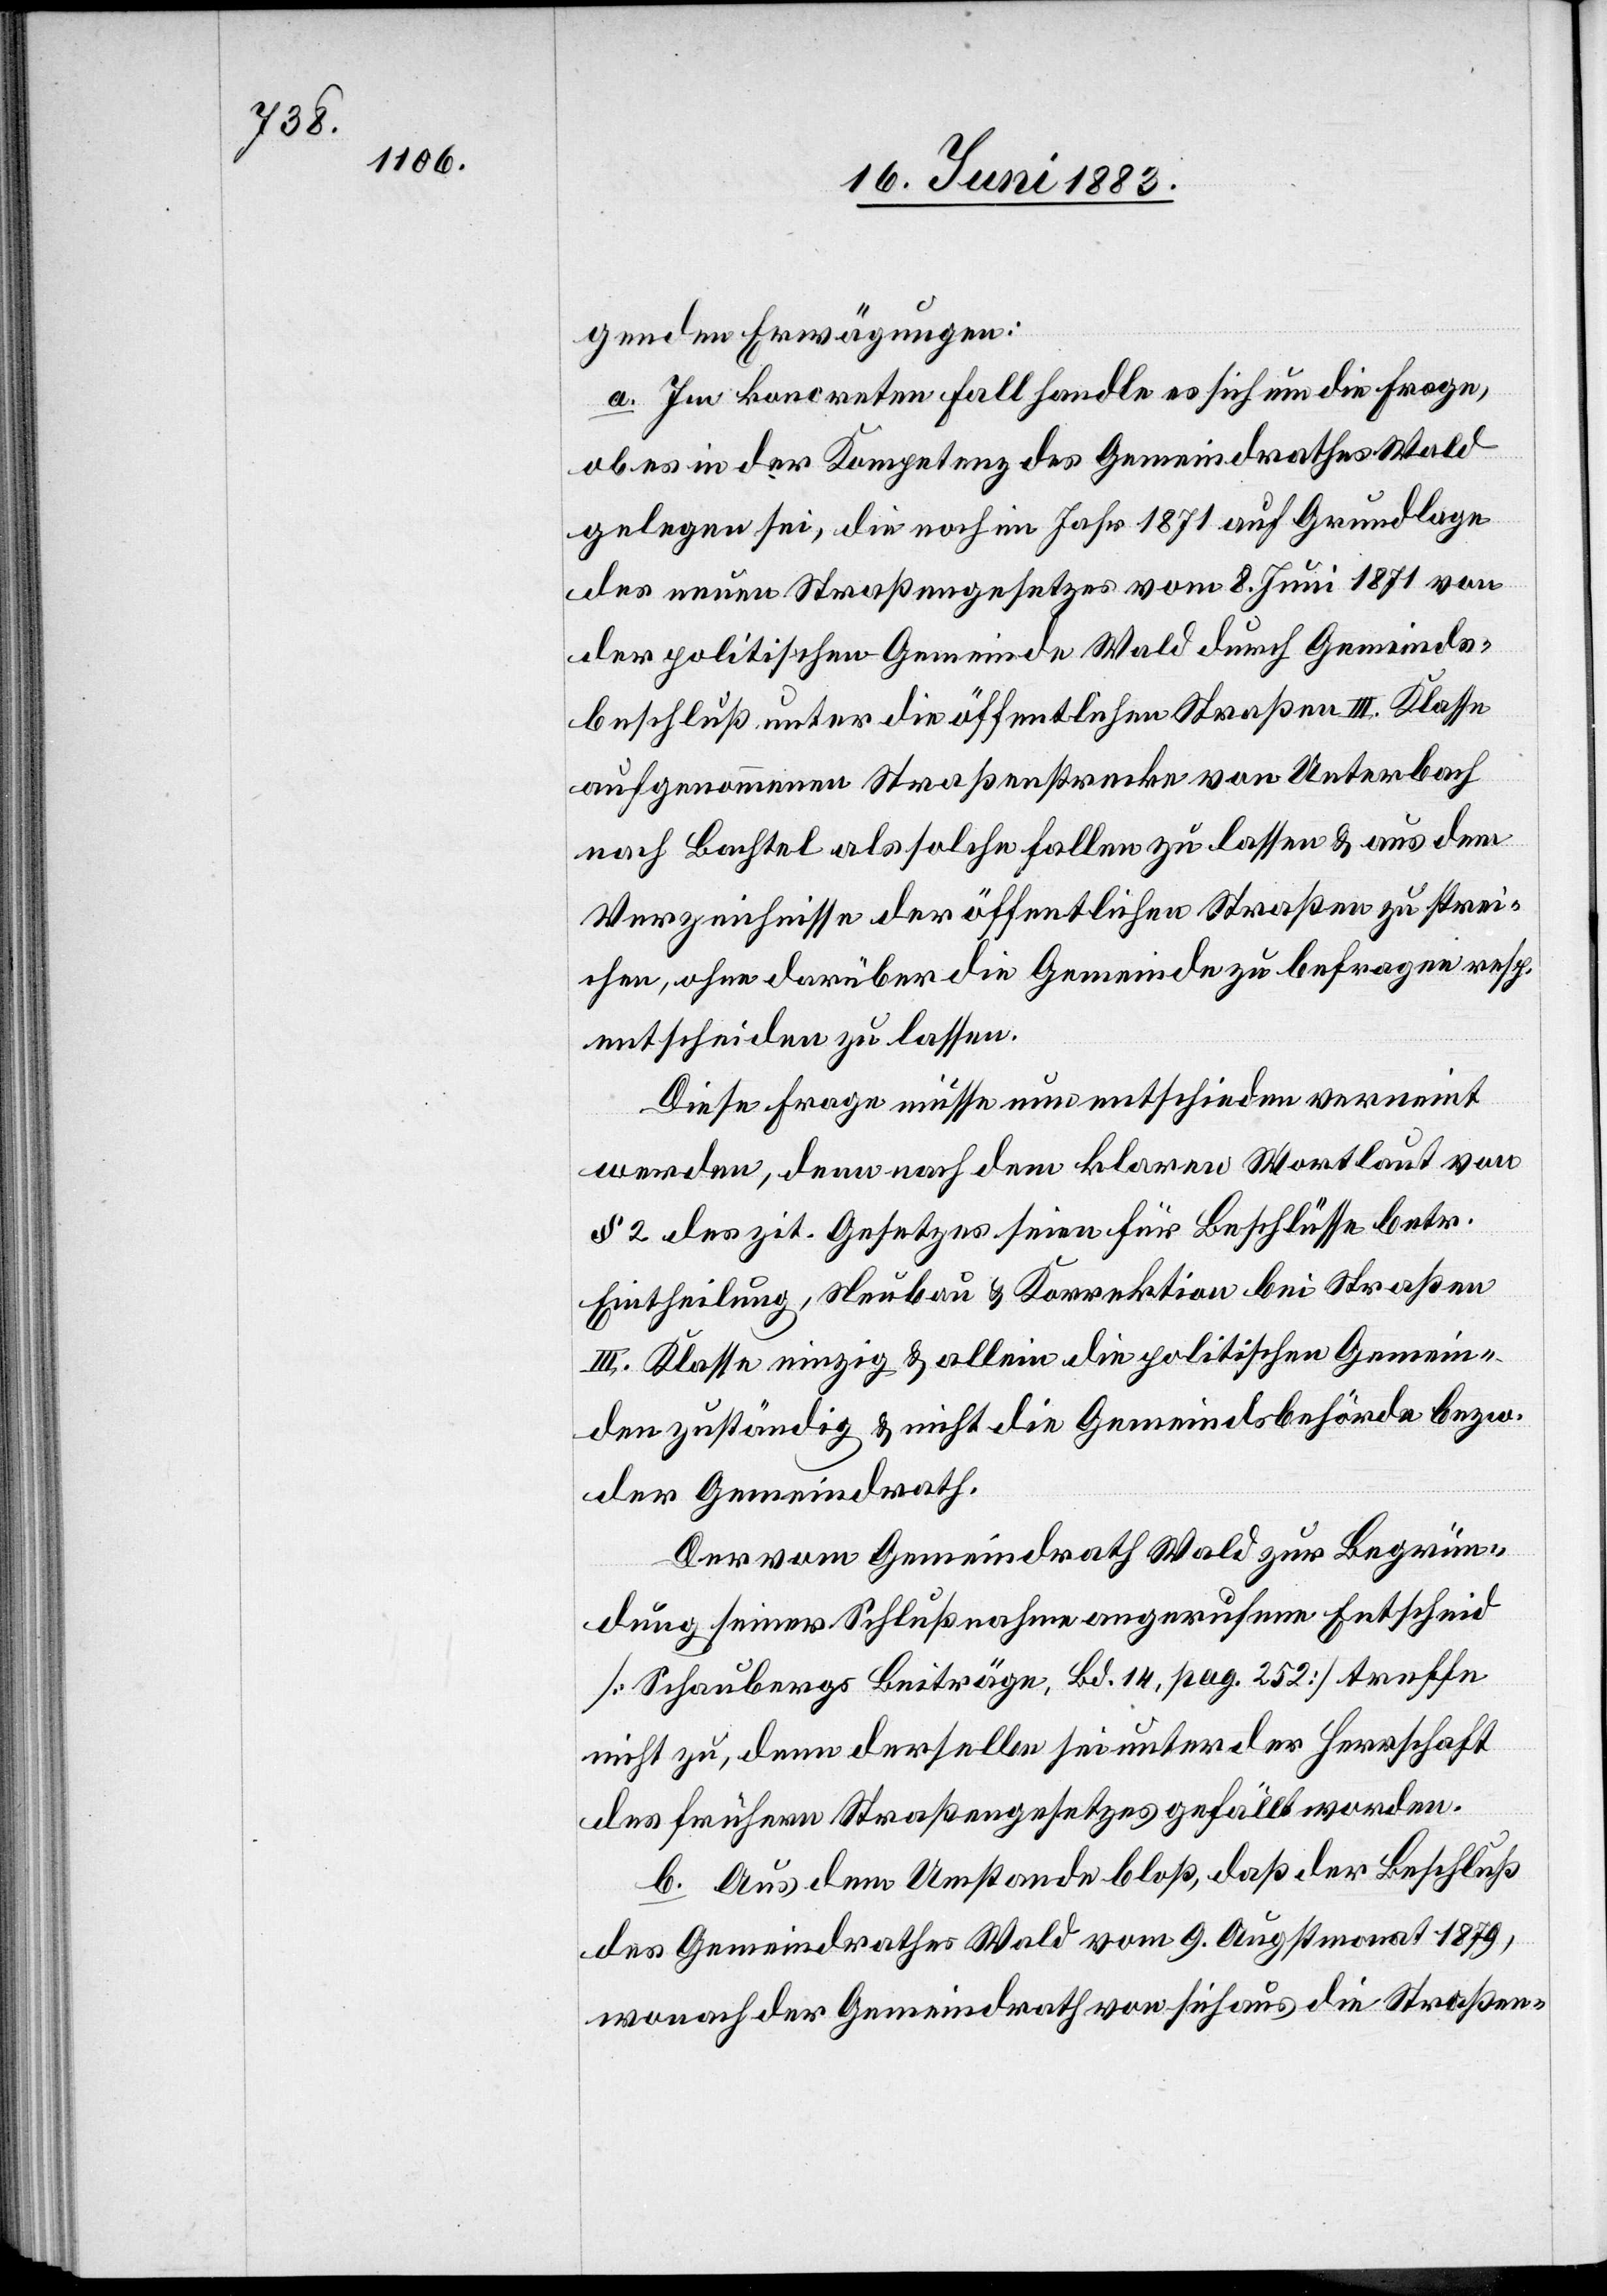
genden Erwägungen:
a. Im koncreten Fall handle es sich um die Frage,
ob es in der Kompetenz des Gemeindrathes Wald
gelegen sei, die noch im Jahr 1871 auf Grundlage
des neuen Straßengesetzes vom 8. Juni 1871 von
der politischen Gemeinde Wald durch Gemeinds¬
beschluß unter die öffentlichen Straßen III. Klasse
aufgenommenen Straßenstrecke von Unterbach
nach Bachtel als solche fallen zu lassen & aus dem
Verzeichnisse der öffentlichen Straßen zu strei¬
chen, ohne darüber die Gemeinde zu befragen resp.
entscheiden zu lassen.
Diese Frage müsse nun entschieden verneint
werden, denn nach dem klaren Wortlaut von
§ 2 des zit. Gesetzes seien für Beschlüsse betr.
Eintheilung, Neubau & Korrektion bei Straßen
III. Klasse einzig & allein die politischen Gemein¬
den zuständig & nicht die Gemeindsbehörde bezw.
der Gemeindrath.
Der vom Gemeindrath Wald zur Begrün¬
dung seiner Schlußnahme angerufene Entscheid
[Schaubergs Beiträge, Bd. 14, pg. 252] treffe
nicht zu, denn derselbe sei unter der Herrschaft
des frühern Straßengesetze gefällt worden.
b. Aus dem Umstande bloß, daß der Beschluß
des Gemeindrathes Wald vom 9. Augstmonat 1879,
wonach der Gemeindrath von sich aus die Straßen-